Lunatic asylums Bombay report 1878-1890 - 1878-1890
Year: 1878
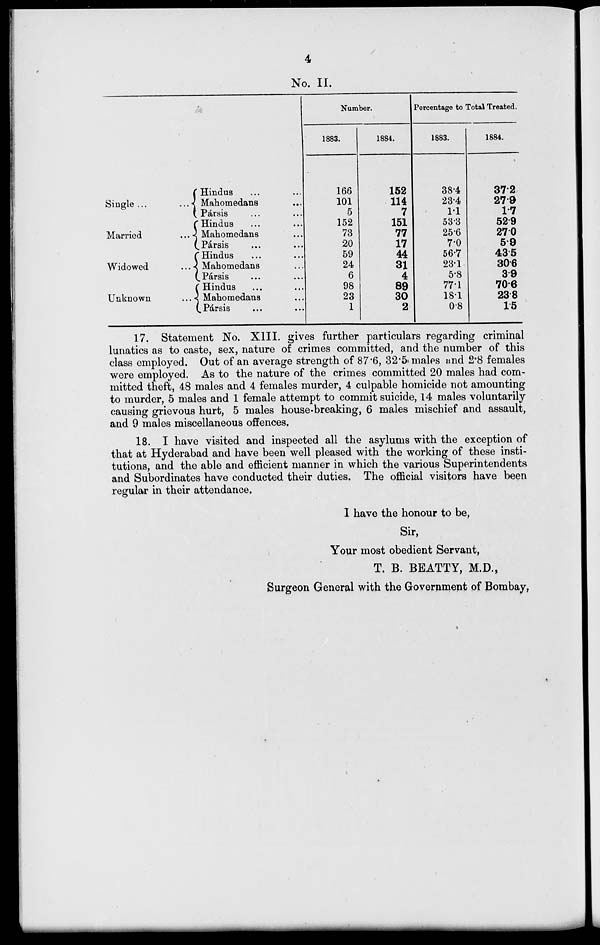
4
No. II.
Single ...
Married ...
Widowed ...
Unknown ...
Hindus
Mahomedans
Pársis
Hindus
Mahomedans
Pársis
Hindus
Mahomedans
Pársis
Hindus
Mahomedans
Pársis
Number.
1883.
166
101
5
152
73
20
59
24
6
98
23
1
1884.
152
114
7
151
77
17
44
31
4
89
30
2
Percentage to Total Treated.
1883.
38.4
23.4
1.1
53.3
25.6
7.0
56.7
23.1
5.8
77.1
18.1
0.8
1884.
37.2
27.9
1.7
52.9
27.0
5.9
43.5
30.6
3.9
70.6
23.8
1.5
17. Statement No. XIII. gives further particulars regarding criminal
lunatics as to caste, sex, nature of crimes committed, and the number of this
class employed. Out of an average strength of 87.6, 32.5 males and 2.8 females
were employed. As to the nature of the crimes committed 20 males had com-
mitted theft, 48 males and 4 females murder, 4 culpable homicide not amounting
to murder, 5 males and 1 female attempt to commit suicide, 14 males voluntarily
causing grievous hurt, 5 males house-breaking, 6 males mischief and assault,
and 9 males miscellaneous offences.
18. I have visited and inspected all the asylums with the exception of
that at Hyderabad and have been well pleased with the working of these insti-
tutions, and the able and efficient manner in which the various Superintendents
and Subordinates have conducted their duties. The official visitors have been
regular in their attendance.
I have the honour to be,
Sir,
Your most obedient Servant,
T. B. BEATTY, M.D.,
Surgeon General with the Government of Bombay.